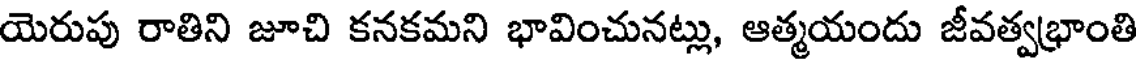
యెరుపు రాతిని జూచి కనకమని భావించునట్లు, ఆత్మయందు జీవత్వభ్రాంతి